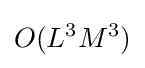
O(L^{3}M^{3})